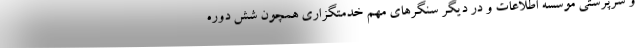
و سرپرستی موسسه اطلاعات و در دیگر سنگرهای مهم خدمتگزاری همچون شش دوره